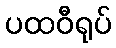
ပထဝီရုပ်